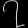
Digit: ၇